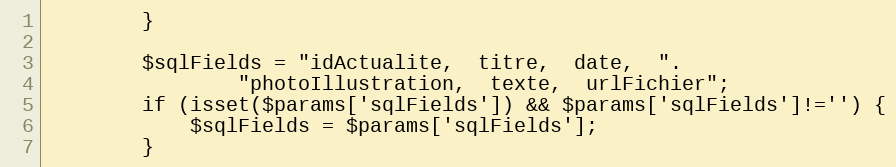
Language: PHP
		}

		$sqlFields = "idActualite,  titre,  date,  ".
				"photoIllustration,  texte,  urlFichier";
		if (isset($params['sqlFields']) && $params['sqlFields']!='') {
			$sqlFields = $params['sqlFields'];
		}